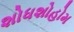
શોધશોહોમ